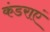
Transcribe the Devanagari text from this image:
कंडराएं